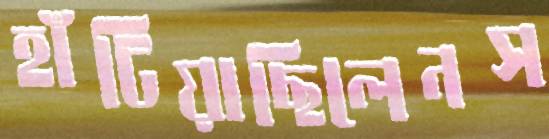
হাঁটিয়াছিলেনস